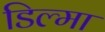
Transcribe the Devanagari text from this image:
डिल्मा